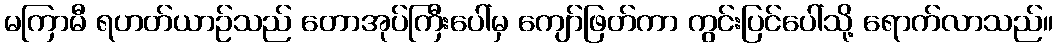
မကြာမီ ရဟတ်ယာဉ်သည် တောအုပ်ကြီးပေါ်မှ ကျော်ဖြတ်ကာ ကွင်းပြင်ပေါ်သို့ ရောက်လာသည်။